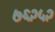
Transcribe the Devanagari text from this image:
७६२५२